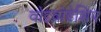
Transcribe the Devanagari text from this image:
वोइवोडेशिप